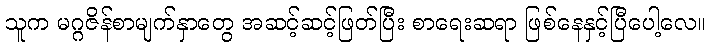
သူက မဂ္ဂဇိန်စာမျက်နှာတွေ အဆင့်ဆင့်ဖြတ်ပြီး စာရေးဆရာ ဖြစ်နေနှင့်ပြီပေါ့လေ။